Vaccination in Burma 1912-1922 - 1912-1922
Year: 1912
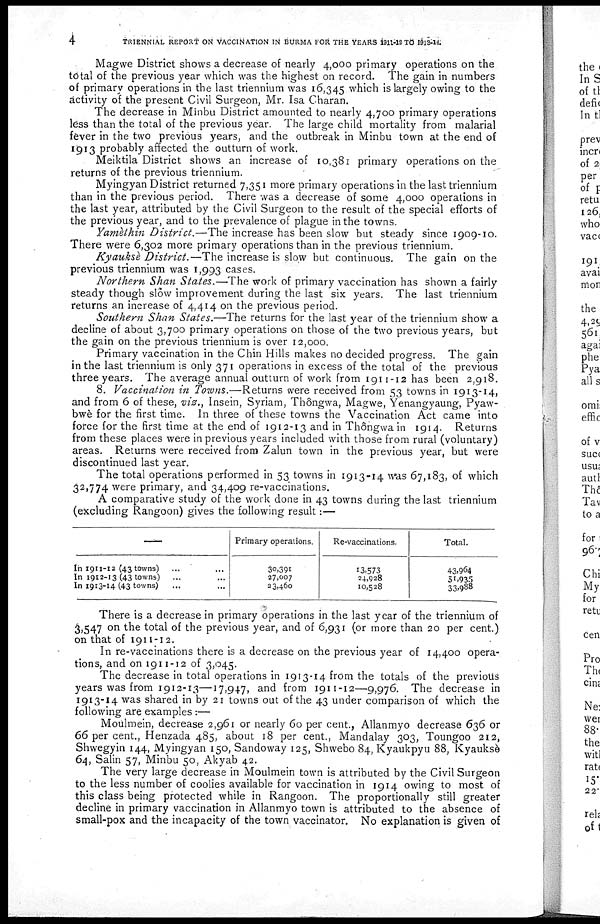
4
TRIENNIAL REPORT ON VACCINATION IN BURMA FOR THE YEARS 1911-12 TO 1913-14:
Magwe District shows a decrease of nearly 4,000 primary operations on the
total of the previous year which was the highest on record. The gain in numbers
of primary operations in the last triennium was 16,345 which is largely owing to the
activity of the present Civil Surgeon, Mr. Isa Charan.
The decrease in Minbu District amounted to nearly 4,700 primary operations
less than the total of the previous year. The large child mortality from malarial
fever in the two previous years, and the outbreak in Minbu town at the end of
1913 probably affected the outturn of work.
Meiktila District shows an increase of 10,381 primary operations on the
returns of the previous triennium.
Myingyan District returned 7,351 more primary operations in the last triennium
than in the previous period. There was a decrease of some 4,000 operations in
the last year, attributed by the Civil Surgeon to the result of the special efforts of
the previous year, and to the prevalence of plague in the towns.
Yamèthin District.—The increase has been slow but steady since 1909-10.
There were 6,302 more primary operations than in the previous triennium.
Kyauksè District.—The increase is slow but continuous. The gain on the
previous triennium was 1,993 cases.
Northern Shan States.—The work of primary vaccination has shown a fairly
steady though slow improvement during the last six years. The last triennium
returns an increase of 4,414 on the previous period.
Southern Shan States.—The returns for the last year of the triennium show a
decline of about 3,700 primary operations on those of the two previous years, but
the gain on the previous triennium is over 12,000.
Primary vaccination in the Chin Hills makes no decided progress. The gain
in the last triennium is only 371 operations in excess of the total of the previous
three years. The average annual outturn of work from 1911-12 has been 2,918.
8. Vaccination in Towns.—Returns were received from 53 towns in 1913-14,
and from 6 of these, viz., Insein, Syriam, Thôngwa, Magwe, Yenangyaung, Pyaw-
bwè for the first time. In three of these towns the Vaccination Act came into
force for the first time at the end of 1912-13 and in Thôhgwa in 1914. Returns
from these places were in previous years included with those from rural (voluntary)
areas. Returns were received from Zalun town in the previous year, but were
discontinued last year.
The total operations performed in 53 towns in 1913-14 was 67,183, of which
32,774 were primary, and 34,409 re-vaccinations.
A comparative study of the work done in 43 towns during the last triennium
(excluding Rangoon) gives the following result:—
—
In 1911-12 (43 towns)... ...
In 1912-13 (43 towns)... ...
In 1913-14 (43 towns)... ...
Primary operations.
30,391
27,007
23,460
Re-vaccinations.
13,573
24,928
10,528
Total.
43,964
51,935
33,988
There is a decrease in primary operations in the last year of the triennium of
3,547 on the total of the previous year, and of 6,931 (or more than 20 per cent.)
on that of 1911-12.
In re-vaccinations there is a decrease on the previous year of 14,400 opera-
tions, and on 1911-12 of 3,045.
The decrease in total operations in 1913-14 from the totals of the previous
years was from 1912-13—17,947, and from 1911-12—9,976. The decrease in
1913-14 was shared in by 21 towns out of the 43 under comparison of which the
following are examples :—
Moulmein, decrease 2,961 or nearly 60 per cent., Allanmyo decrease 636 or
66 per cent., Henzada 485, about 18 per cent., Mandalay 303, Toungoo 212,
Shwegyin 144, Myingyan 150, Sandoway 125, Shwebo 84, Kyaukpyu 88, Kyauksè
64, Salin 57, Minbu 50, Akyab 42.
The very large decrease in Moulmein town is attributed by the Civil Surgeon
to the less number of coolies available for vaccination in 1914 owing to most of
this class being protected while in Rangoon. The proportionally still greater
decline in primary vaccination in Allanmyo town is attributed to the absence of
small-pox and the incapacity of the town vaccinator. No explanation is given of